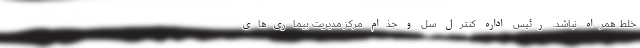
خلط همراه نباشد. رئیس اداره کنترل سل و جذام مرکز مدیریت بیماری‌های